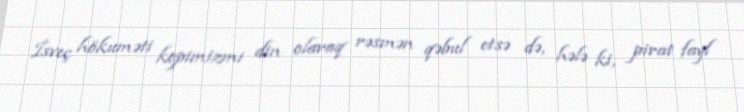
İsveç hökuməti kopimizmi din olaraq rəsmən qəbul etsə də, hələ ki, pirat fayl